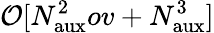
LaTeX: \mathcal{O}[N_{\mathrm{aux}}^{2}ov+N_{\mathrm{aux}}^{3}]